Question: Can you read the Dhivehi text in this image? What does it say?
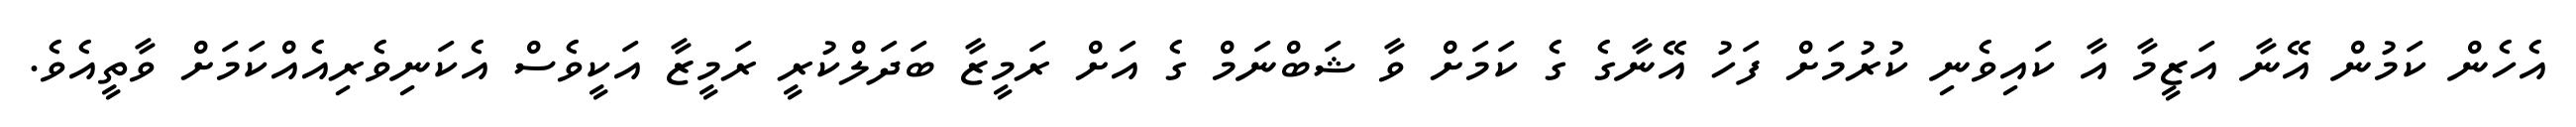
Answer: އެހެން ކަމުން އޭނާ އަޒީމާ އާ ކައިވެނި ކުރުމަށް ފަހު އޭނާގެ ގެ ކަމަށް ވާ ޝަބްނަމް ގެ އަށް ރަމީޒާ ބަދަލްކުރީ ރަމީޒާ އަކީވެސް އެކަނިވެރިއެއްކަމަށް ވާތީއެވެ.